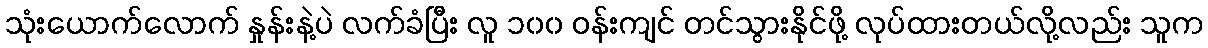
သုံးယောက်လောက် နှုန်းနဲ့ပဲ လက်ခံပြီး လူ ၁၀၀ ဝန်းကျင် တင်သွားနိုင်ဖို့ လုပ်ထားတယ်လို့လည်း သူက